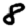
Digit: 8